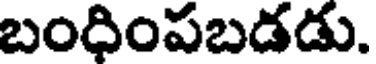
బందింపబడడు.